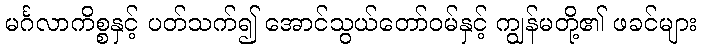
မင်္ဂလာကိစ္စနှင့် ပတ်သက်၍ အောင်သွယ်တော်ဝမ်နှင့် ကျွန်မတို့၏ ဖခင်များ